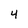
Character: 4